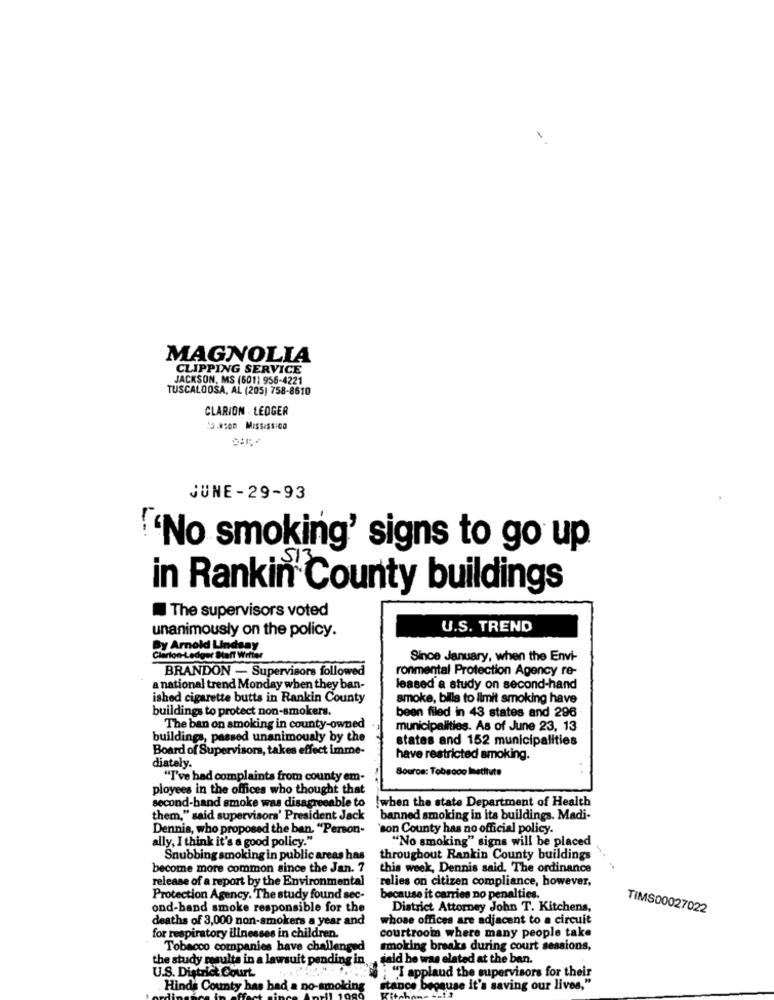
MAGNOLIA
CLIPPING SERVICE
JACKSON, MS (601) 956-4221
TUSCALOOSA, AL (205) 758-8610
CLARION . LEDGER
:3.kcon Mississ.00
JUNE-29-93
"No smoking' signs to go up
in Rankin County buildings
The supervisors voted
unanimously on the policy.
U.S. TREND
By Arnold Lindsay
Clarion-Ledger Staff Writer
Since January, when the Envi-
BRANDON - Supervisors followed
ronmental Protection Agency re-
a national trend Monday when they ban-
leased a study on second-hand
ished cigarette butts in Rankin County
smoke, bills to limit smoking have
buildings to protect non-smokers.
been filed in 43 states and 296
The ban on smoking in county-owned
municipalities. As of June 23, 13
buildings, passed unanimously by the
states and 152 municipalities
Board of Supervisors, takes effect imme-
diately.
have restricted smoking.
Source: Tobsooo Institute
"I've had complaints from county em-
ployees in the offices who thought that
!when the state Department of Health
second-hand smoke was disagreeable to
them," said supervisors' President Jack
banned smoking in its buildings. Madi-
Dennis, who proposed the ban. "Person-
'son County has no official policy.
ally, I think it's a good policy."
"No smoking" signs will be placed
Snubbing smoking in public areas has
throughout Rankin County buildings
become more common since the Jan. 7
this week, Dennis said. The ordinance
release of a report by the Environmental
relies on citizen compliance, however,
Protection Agency. The study found sec-
because it carries no penalties.
ond-band smoke responsible for the
District Attorney John T. Kitchens,
TIMS00027022
deaths of 3,000 non-smokers a year and
whose offices are adjacent to a circuit
courtroom where many people take
for respiratory illnesses in children.
Tobacco companies have challenged
smoking breaks during court sessions,
the study results in a lawsuit pending in
jald he was elated at the ban.
U.S. District Court
"I applaud the supervisors for their
Hinds County has bad a no-smoking
stance becau
because it's saving our lives,"